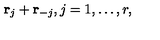
{ \bf r } _ { j } + { \bf r } _ { - j } , j = 1 , \ldots , r ,